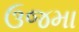
ઉજમા